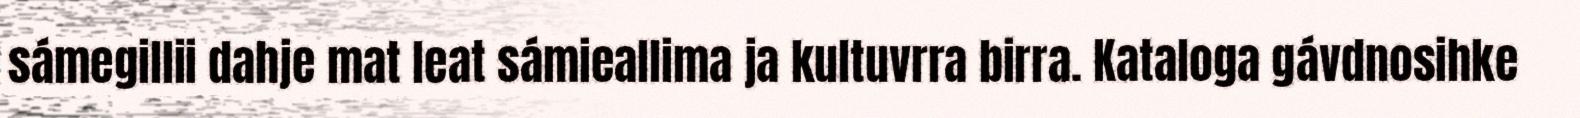
sámegillii dahje mat leat sámieallima ja kultuvrra birra. Kataloga gávdnosihke